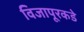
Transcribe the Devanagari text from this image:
विजापूरकडे